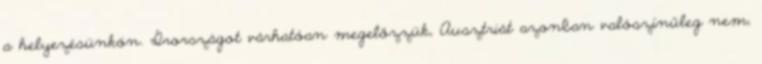
a helyezésünkön. Írországot várhatóan megelőzzük, Ausztriát azonban valószínűleg nem,